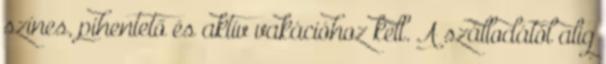
színes, pihentető és aktív vakációhoz kell. A szállodától alig